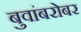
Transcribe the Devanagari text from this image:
बुवांबरोबर